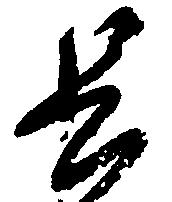
長